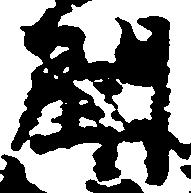
聞